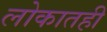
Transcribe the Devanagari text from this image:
लोकातही